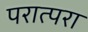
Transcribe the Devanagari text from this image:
परात्परा